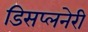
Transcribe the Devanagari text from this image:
डिसप्लनेरी